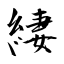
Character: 緀